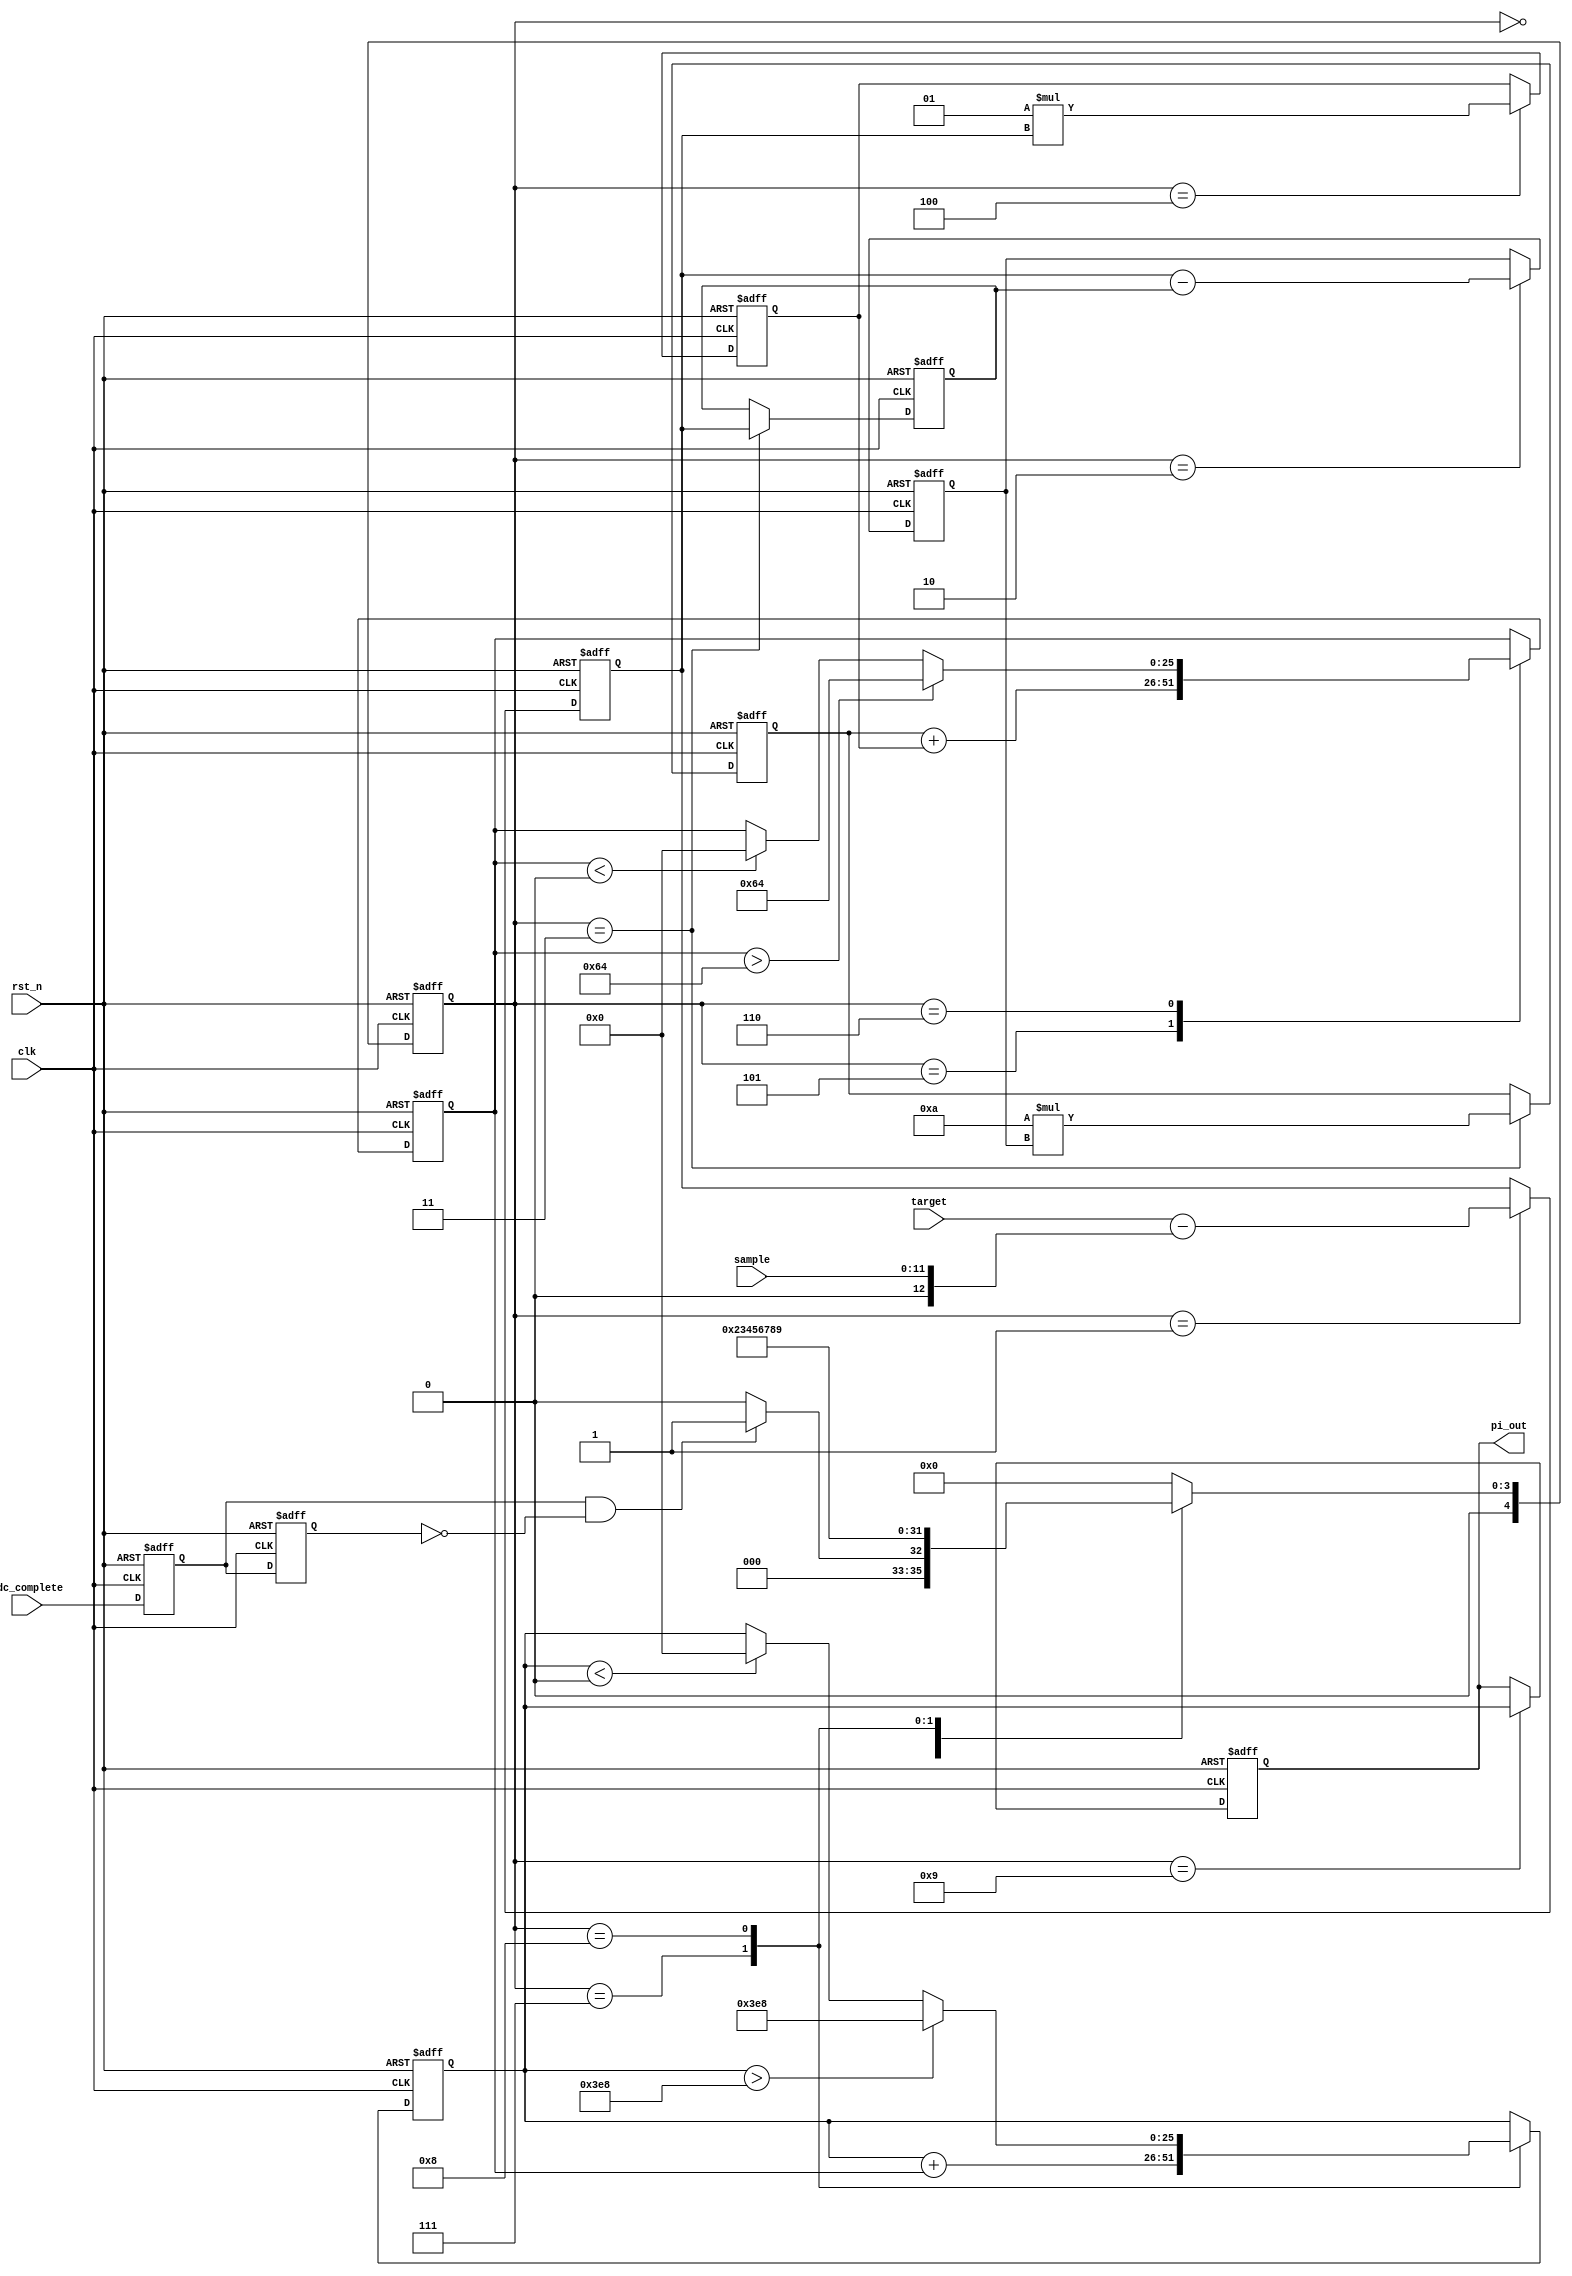
module PID(
    input clk,rst_n,
    input adc_complete,
    input [INPUT_BIT_WIDTH-1:0] sample,
	input wire signed[PARAMETER_BIT_WIDTH-1:0] target,
    output reg signed[PARAMETER_BIT_WIDTH-1:0] pi_out
);

// 字宽参数
parameter PARAMETER_BIT_WIDTH = 26;
parameter INPUT_BIT_WIDTH = 12;
parameter PERIOD_BIT_WIDTH = 21;

// 控制参数
parameter signed[PARAMETER_BIT_WIDTH-1:0] kp = 10;
parameter signed[PARAMETER_BIT_WIDTH-1:0] ki = 1;
parameter signed[PARAMETER_BIT_WIDTH-1:0] maximum_out = 1000;
parameter signed[PARAMETER_BIT_WIDTH-1:0]  minimum_out = 0;
parameter signed[PARAMETER_BIT_WIDTH-1:0]  maximum_add = 100;
parameter signed[PARAMETER_BIT_WIDTH-1:0]  minimum_add = 0;

wire signed [PARAMETER_BIT_WIDTH-1:0] sample_signed = sample;

reg signed[PARAMETER_BIT_WIDTH-1:0]pi_add;
reg signed[PARAMETER_BIT_WIDTH-1:0] pi_out_temp;

reg signed [PARAMETER_BIT_WIDTH-1:0]e0;
reg signed [PARAMETER_BIT_WIDTH-1:0]e1;
reg signed [PARAMETER_BIT_WIDTH-1:0]e2;

reg signed [PARAMETER_BIT_WIDTH-1:0] kp_comp;
reg signed [PARAMETER_BIT_WIDTH-1:0] ki_comp;
reg signed [PARAMETER_BIT_WIDTH-1:0] kp_comp_error;

reg[4:0] pi_state;

// 同步信号
reg adc_complete_dly1;
reg adc_complete_dly2;

wire adc_read_flag = adc_complete_dly1&(~adc_complete_dly2);

// adc_complete 同步化并提取上升沿
always @(posedge clk or negedge rst_n) begin
    if(!rst_n)begin
        adc_complete_dly1 <= 0;
        adc_complete_dly2 <= 0;
    end
    else begin
        adc_complete_dly1 <= adc_complete;
        adc_complete_dly2 <= adc_complete_dly1;
    end
end

// pid计算状态机
always @(posedge clk or negedge rst_n) begin
    if(~rst_n)begin
        pi_state <= 0;
        e0  <= 0;
        pi_add    <=  0;
        pi_out_temp <= 0;
        kp_comp_error <= 0;
        ki_comp <= 0;
        kp_comp <= 0;
		  e1  <=  0;
        e2  <=  0; 
    end
    else
    case(pi_state)
            //前一个状态为0，后一个状态为1
            0: pi_state <= (adc_read_flag)?1:0;
            1: begin
                //计算本次error
                e0  <=  target - sample_signed;
                pi_state <= 2;
            end
            2:begin
                //计算增量
                kp_comp_error <= e0-e1;
                pi_state <= 3;
            end
            3:begin
                kp_comp <= kp*kp_comp_error;
					 e2  <=  e1;
					 e1  <=  e0;
                pi_state <= 4;
            end
            4:begin
                ki_comp <= ki*e0;
                pi_state <= 5;
            end
            5: begin
                pi_add <= kp_comp + ki_comp;
                pi_state <= 6;
            end
            6:begin
                //增量限幅
                //50*2048*2
                if(pi_add>maximum_add)begin
                    pi_add <= maximum_add;
                end
                else if(pi_add<minimum_add)begin
                    pi_add <= minimum_add;
                end
                pi_state <= 7;
            end
            7:begin
                pi_out_temp <= pi_out_temp+pi_add;
                pi_state <= 8;
            end
            8:begin
                //输出限幅
                if(pi_out_temp>maximum_out)begin
                    pi_out_temp <= maximum_out;
                end
					 
                //50*2048*2
                else if(pi_out_temp<minimum_out)begin
                    pi_out_temp <= minimum_out;
                end
                pi_state <= 9;
            end
				9: begin
					pi_state <= 0;
				end
            default: pi_state <= 0;
    endcase
end

// 最终输出值
always @(posedge clk or negedge rst_n) begin
    if(~rst_n)begin
        pi_out<=0;
    end
    else begin
		if(pi_state == 9) begin
        pi_out <= pi_out_temp;
		end
    end
end

endmodule